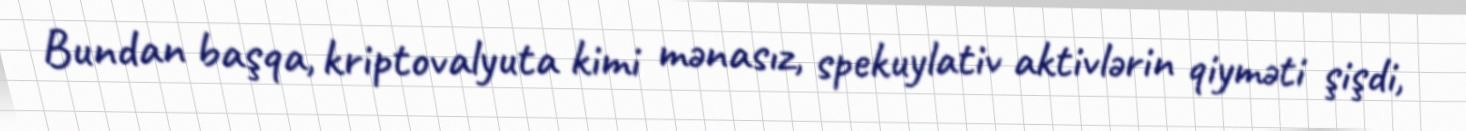
Bundan başqa, kriptovalyuta kimi mənasız, spekuylativ aktivlərin qiyməti şişdi,